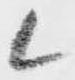
候